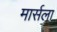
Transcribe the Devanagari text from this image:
मार्सला